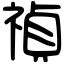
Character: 禎